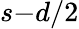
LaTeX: s\mathrm{-}d/2